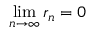
\operatorname* { l i m } _ { n \to \infty } r _ { n } = 0